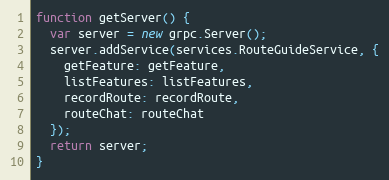
Language: JavaScript
function getServer() {
  var server = new grpc.Server();
  server.addService(services.RouteGuideService, {
    getFeature: getFeature,
    listFeatures: listFeatures,
    recordRoute: recordRoute,
    routeChat: routeChat
  });
  return server;
}